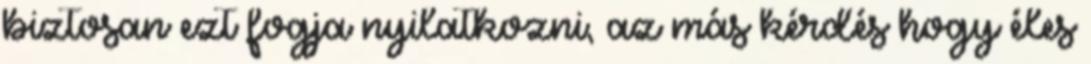
biztosan ezt fogja nyilatkozni, az más kérdés hogy éles